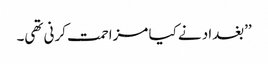
’’بغداد نے کیا مزاحمت کرنی تھی۔